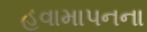
હવામાપનના